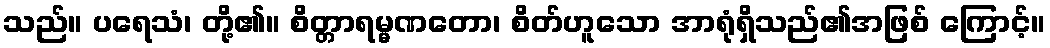
သည်။ ပရေသံ၊ တို့၏။ စိတ္တာရမ္မဏတော၊ စိတ်ဟူသော အာရုံရှိသည်၏အဖြစ် ကြောင့်။